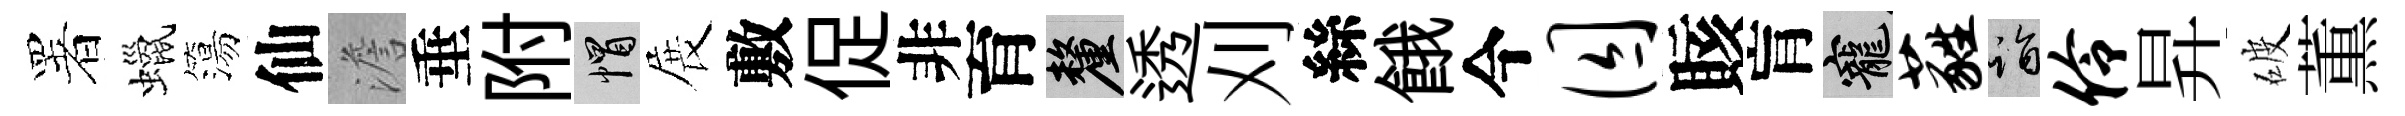
署蠟簜仙澹垂附帽展敷促非育厘透刈絲餓今囚賅肓寵蕤诣伶昇破薫